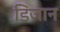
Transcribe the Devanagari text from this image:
डिजान